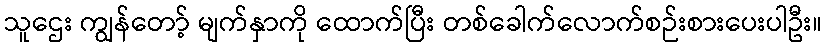
သူဌေး ကျွန်တော့် မျက်နှာကို ထောက်ပြီး တစ်ခေါက်လောက်စဉ်းစားပေးပါဦး။